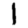
Digit: 1